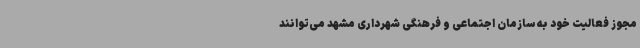
مجوز فعالیت خود به سازمان اجتماعی و فرهنگی شهرداری مشهد می‌توانند